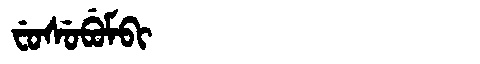
Manchu: ᠸᡠᠰᡠᠪᡠᠮᠪᡳ
Romanization: FUSUBUMBI